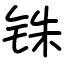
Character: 铢